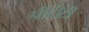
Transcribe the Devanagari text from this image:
पीटीटी